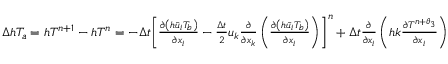
\begin{array} { r } { \Delta h { { T } _ { a } } = h { { T } ^ { n + 1 } } - h { { T } ^ { n } } = - \Delta t { { \left[ \frac { \partial \left( h { { { \bar { u } } } _ { i } } T _ { b } \right) } { \partial { { x } _ { i } } } - \frac { \Delta t } { 2 } { { u } _ { k } } \frac { \partial } { \partial { { x } _ { k } } } \left( \frac { \partial \left( h { { { \bar { u } } } _ { i } } T _ { b } \right) } { \partial { { x } _ { i } } } \right) \right] } ^ { n } } + \Delta t \frac { \partial } { \partial { { x } _ { i } } } \left( h k \frac { \partial { { T } ^ { n + { { \theta } _ { 3 } } } } } { \partial { { x } _ { i } } } \right) } \end{array}